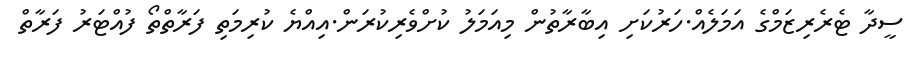
ސީދާ ޓެރެރިޒަމްގެ އަމަލެއް.ހަރުކަށި އިބާރާތުން މިއަމަލު ކުށްވެރިކުރަން.އިއްޔެ ކުރިމަތި ފަރާތްތޯ ފުއްޓަރު ފަރާތް